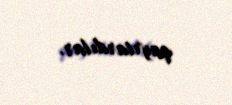
qayrtardılar.